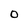
Character: O